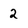
Character: 2